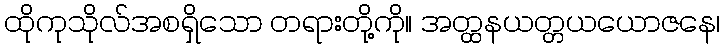
ထိုကုသိုလ်အစရှိသော တရားတို့ကို။ အတ္ထနယတ္တယယောဇနေ၊